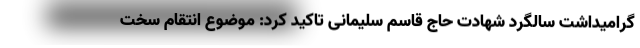
گرامیداشت سالگرد شهادت حاج قاسم سلیمانی تاکید کرد: موضوع انتقام سخت